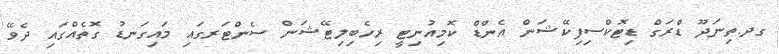
ގދ.ތިނަދޫ ޑްރަގް ޑިޓޮކްސިފިކޭޝަން އެންޑް ކޮމިއުނިޓީ ރިހެބިލިޓޭޝަން ސެންޓަރގައި މައިގަނޑު ގޮތެއްގައި ދެވޭ